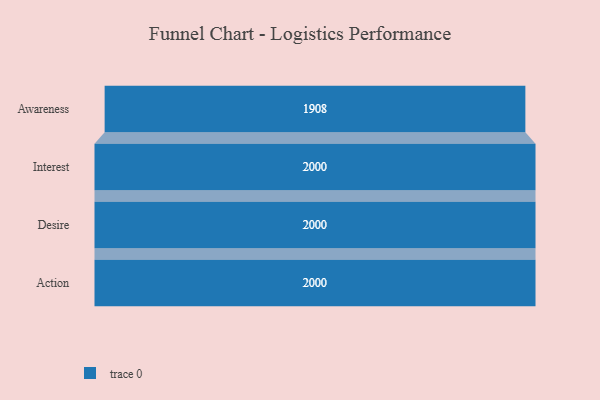
{"axis": {"x": "Stage", "y": "Value"}, "legend": [""], "data": [{"x": "Awareness", "y": 1908.0, "type": ""}, {"x": "Interest", "y": 2000, "type": ""}, {"x": "Desire", "y": 2000, "type": ""}, {"x": "Action", "y": 2000, "type": ""}]}